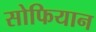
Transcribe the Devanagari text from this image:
सोफियान